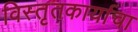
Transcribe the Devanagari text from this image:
विस्तृतकार्याचा